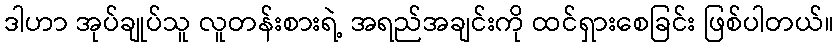
ဒါဟာ အုပ်ချုပ်သူ လူတန်းစားရဲ့ အရည်အချင်းကို ထင်ရှားစေခြင်း ဖြစ်ပါတယ်။